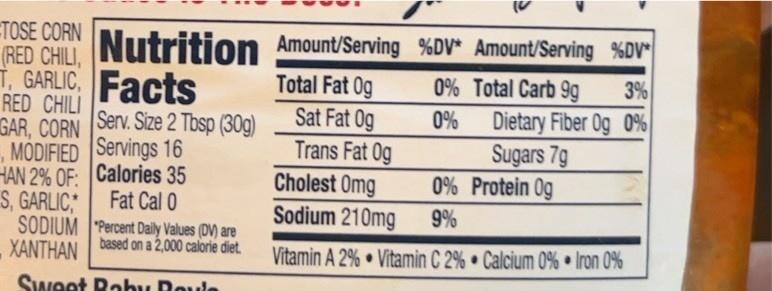
TOSE CORN
(RED CHILI, Nutrition Amount/Serving %DV* Amount/Serving %DV*
T, GARLIC
Total Fat Og
RED CHILI
Sat Fat Og
GAR, CORN
, MODIFIED
HAN 2% OF:
Facts
Serv. Size 2 Tbsp (30g) Servings 16 Calories 35
Fat Cal 0
S, GARLIC,
SODIUM "Percent Daily Values (DV) are
based on a 2,000 calorie diet.
XANTHAN
Sweet Baby Boule
Trans Fat Og
0% Total Carb 9g
0%
3%
Dietary Fiber 0g 0%
Sugars 7g
Cholest Omg
0%
Sodium 210mg
9%
Vitamin A 2% Vitamin C 2% Calcium 0% Iron 0%
Protein 0g